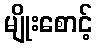
မျိုးစောင့်